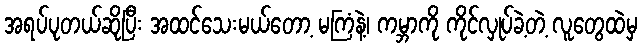
အရပ်ပုတယ်ဆိုပြီး အထင်သေးမယ်တော့ မကြံနဲ့၊ ကမ္ဘာကို ကိုင်လှုပ်ခဲ့တဲ့ လူတွေထဲမှ